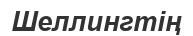
Шеллингтің